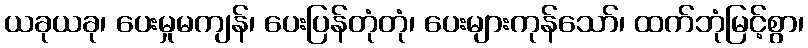
ယခုယခု၊ ပေးမှုမကျန်၊ ပေးပြန်တုံတုံ၊ ပေးများကုန်သော်၊ ထက်ဘုံမြင့်စွာ၊